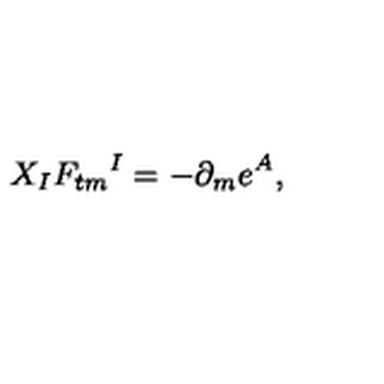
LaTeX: X _ { I } F _ { t m } { } ^ { I } = - \partial _ { m } e ^ { A } ,